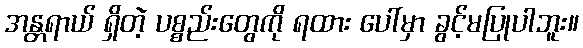
အန္တရာယ် ရှိတဲ့ ပစ္စည်းတွေကို ရထား ပေါ်မှာ ခွင့်မပြုပါဘူး။